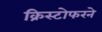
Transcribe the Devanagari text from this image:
क्रिस्टोफरने